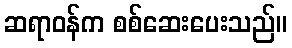
ဆရာဝန်က စစ်ဆေးပေးသည်။